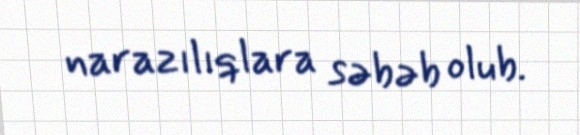
narazılıqlara səbəb olub.